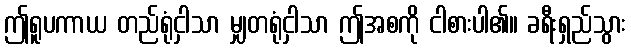
ဤရူပကာယ တည်ရုံငှါသာ မျှတရုံငှါသာ ဤအစကို ငါစားပါ၏။ ခရီးရှည်သွား